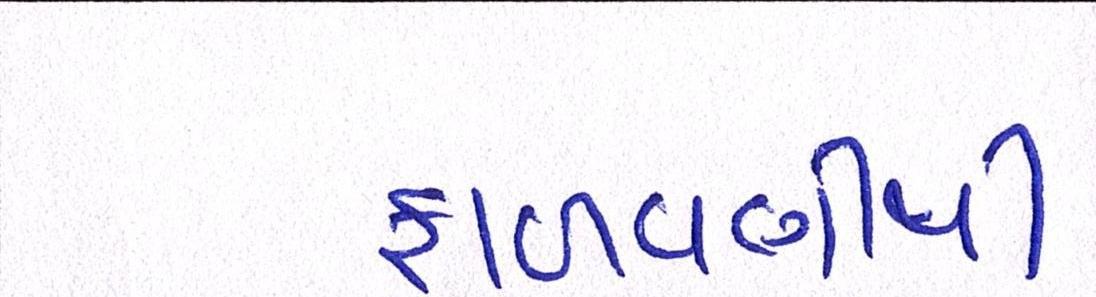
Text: ફાળવણીથી